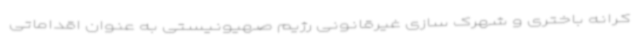
کرانه باختری و شهرک سازی غیرقانونی رژیم صهیونیستی به عنوان اقداماتی